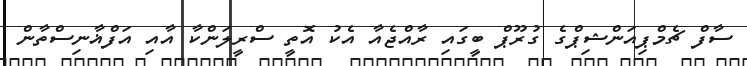
ސާފް ޗެމްޕިއަންޝިޕްގެ ގުރޫޕް ބީގައި ރާއްޖެއާ އެކު އޮތީ ސްރީލަންކާ އާއި އަފްޣާނިސްތާން